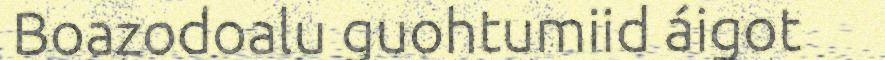
Boazodoalu guohtumiid áigot